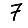
Digit: 7